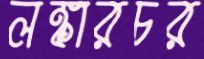
লঙ্কারচর